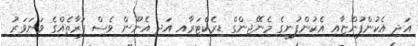
އަދި އެކުންފުންޏާއި އެކުންފުނީގެ މެނޭޖިންގް ޑިރެކްޓަރާއި އަދި އެނޫން ވެސް ފަރާތެއްގެ ވަނަވަރު